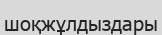
шоқжұлдыздары